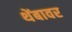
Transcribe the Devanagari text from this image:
थेंबावर